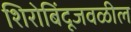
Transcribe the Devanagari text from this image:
शिरोबिंदूजवळील